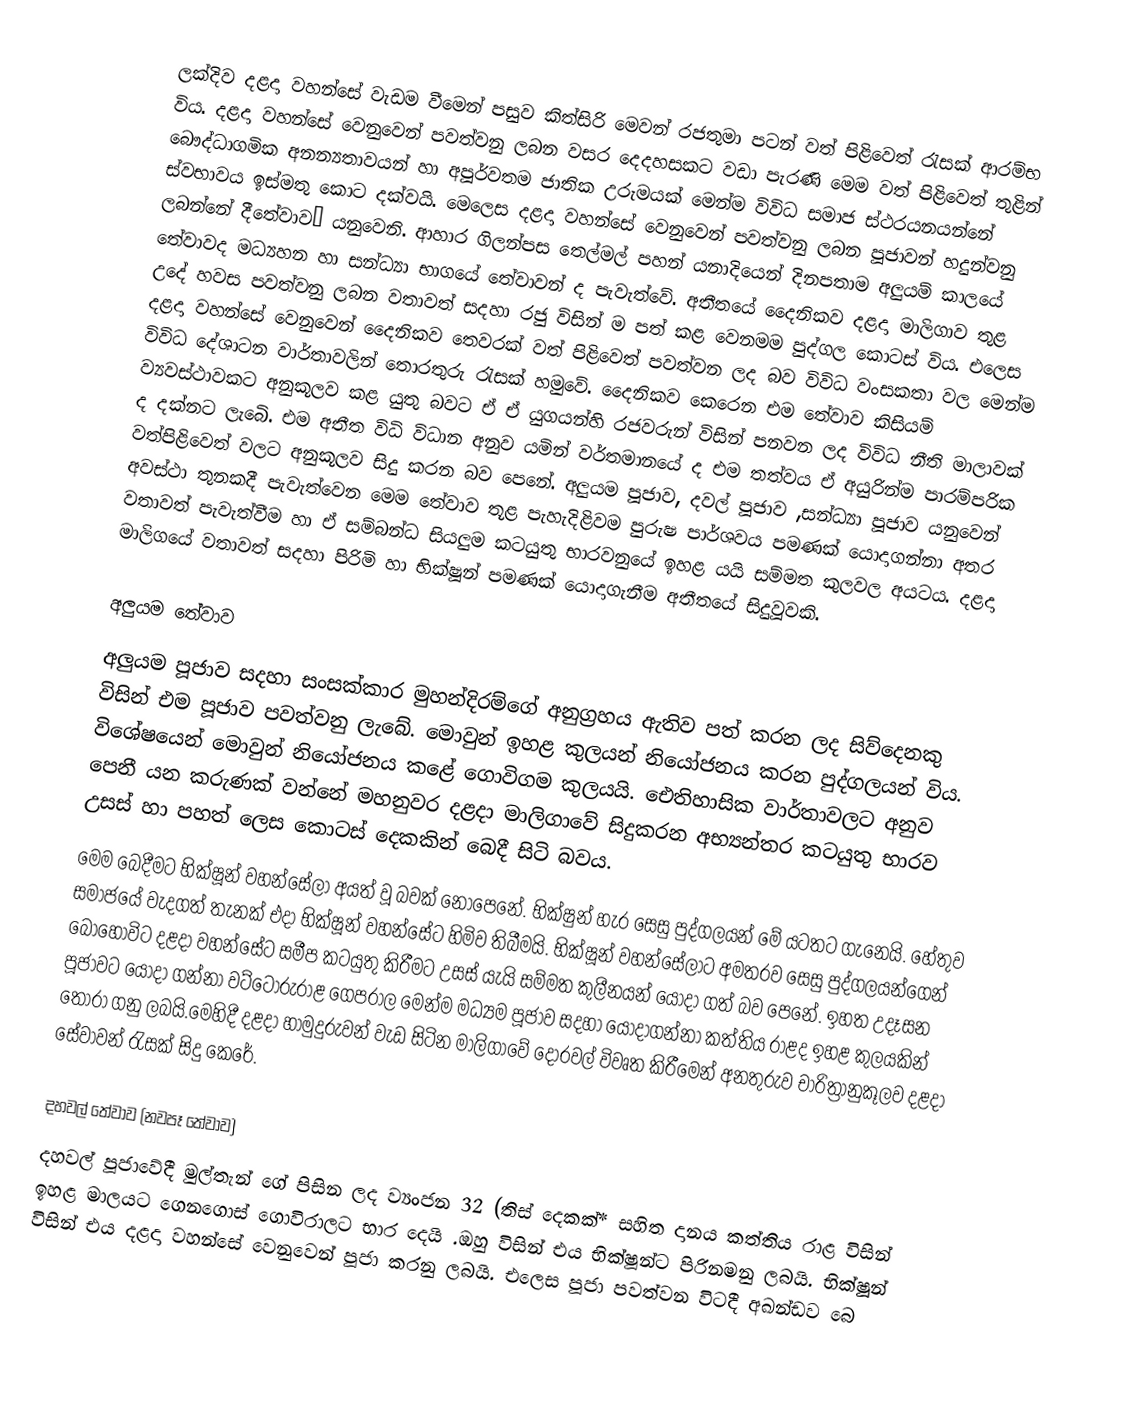
ලක්දිව දළදා වහන්සේ වැඩම වීමෙන් පසුව කිත්සිරි මෙවන් රජතුමා පටන් වත් පිළිවෙත් රැසක් ආරම්භ විය. දළදා වහන්සේ වෙනුවෙන් පවත්වනු ලබන වසර දෙදහසකට වඩා පැරණි මෙම වත් පිළිවෙත් තුළින් බෞද්ධාගමික අනන්‍යතාවයන් හා අපූර්වතම ජාතික උරුමයක් මෙන්ම විවිධ සමාජ ස්ථරයනයන්නේ ස්වභාවය ඉස්මතු කොට දක්වයි. මෙලෙස දළදා වහන්සේ වෙනුවෙන් පවත්වනු ලබන පූජාවන් හදුන්වනු ලබන්නේ දීතේවාව” යනුවෙනි. ආහාර ගිලන්පස තෙල්මල් පහන් යනාදියෙන් දිනපතාම අලුයම් කාලයේ තේවාවද මධ්‍යහන හා සන්ධ්‍යා භාගයේ තේවාවන් ද පැවැත්වේ. අතීතයේ දෛනිකව දළදා මාලිගාව තුළ උදේ හවස පවත්වනු ලබන වතාවත් සදහා රජු විසින් ම පත් කළ වෙනමම පුද්ගල කොටස් විය. එලෙස දළදා වහන්සේ වෙනුවෙන් දෛනිකව තෙවරක් වත් පිළිවෙත් පවත්වන ලද  බව විවිධ වංසකතා වල මෙන්ම විවිධ දේශාටන වාර්තාවලින් තොරතුරු රැසක් හමුවේ. දෛනිකව කෙරෙන එම තේවාව කිසියම් ව්‍යවස්ථාවකට අනුකූලව කළ යුතු බවට  ඒ ඒ යුගයන්හි රජවරුන් විසින් පනවන ලද විවිධ නීති මාලාවක් ද දක්නට ලැබෙි. එම අතීත විධි විධාන අනුව යමින් වර්තමානයේ ද එම තත්වය ඒ අයුරින්ම පාරම්පරික වත්පිළිවෙත් වලට අනුකූලව සිදු කරන බව පෙනේ. අලුයම පූජාව, දවල් පූජාව ,සන්ධ්‍යා පූජාව යනුවෙන් අවස්ථා තුනකදී පැවැත්වෙන මෙම තේවාව තූළ පැහැදිළිවම පුරුෂ පාර්ශවය පමණක් යොදාගන්නා අතර වතාවත් පැවැත්වීම හා ඒ සම්බන්ධ සියලුම කටයුතු භාරවනුයේ ඉහළ යයි සම්මත කුලවල අයටය. දළදා මාලිගයේ වතාවත් සදහා පිරිමි හා භික්ෂූන් පමණක් යොදාගැනීම අතීතයේ සිදුවූවකි.

අලුයම තේවාව
අලුයම පූජාව සදහා සංසක්කාර මුහන්දිරම්ගේ අනුග්‍රහය ඇතිව පත් කරන ලද සිව්දෙනකු විසින් එම පූජාව පවත්වනු ලැබේ. මොවුන් ඉහළ කුලයන් නියෝජනය කරන පුද්ගලයන් විය. විශේෂයෙන්  මොවුන් නියෝජනය කළේ ගොවිගම කුලයයි. ඓතිහාසික වාර්තාවලට අනුව පෙනී යන කරුණක් වන්නේ මහනුවර දළදා මාලිගාවේ සිදුකරන අභ්‍යන්තර කටයුතු භාරව උසස් හා පහත් ලෙස කොටස් දෙකකින් බෙදී සිටි බවය.
මෙම බෙදීමට භික්ෂූන් වහන්සේලා අයත් වූ බවක් නොපෙනේ. භික්ෂුන් හැර සෙසු පුද්ගලයන්  මේ යටතට ගැනෙයි. හේතුව සමාජයේ වැදගත් තැනක් එදා භික්ෂූන් වහන්සේට හිමිව තිබීමයි. භික්ෂූන් වහන්සේලාට අමතරව සෙසු පුද්ගලයන්ගෙන් බොහෝවිට දළදා වහන්සේට සමීප කටයුතු කිරීමට උසස් යැයි සම්මත කුලීනයන් යොදා ගත් බව පෙනේ. ඉහත උදෑසන පූජාවට යොදා ගන්නා වට්ටෝරුරාළ ගෙපරාල මෙන්ම  මධ්‍යම පූජාව සදහා යොදාගන්නා කත්තිය රාළද ඉහළ කුලයකින් තෝරා ගනු ලබයි.මෙහිදී දළදා හාමුදුරුවන් වැඩ සිටින මාලිගාවේ දොරවල් විවෘත කිරීමෙන් අනතුරුව චාරිත්‍රානුකූලව දළදා සේවාවන් රැසක් සිදු කෙරේ.

දහවල් තේවාව (නවපෑ තේවාව)
දහවල් පූජාවේදී මුල්තැන් ගේ පිසින ලද ව්‍යංජන 32 (තිස් දෙකක්* සහිත දානය කත්තිය රාළ විසින් ඉහළ මාලයට ගෙනගොස් ගොවිරාලට භාර දෙයි .ඔහු විසින් එය භික්ෂූන්ට පිරිනමනු ලබයි. භික්ෂූූන් විසින් එය දළදා වහන්සේ වෙනුවෙන් පූජා කරනු ලබයි. එලෙස පූජා පවත්වන විටදී අඛන්ඩව බෙ